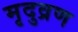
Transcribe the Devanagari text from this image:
मृदुव्रण